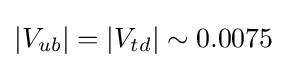
|V_{ub}|=|V_{td}|\sim 0.0075